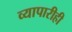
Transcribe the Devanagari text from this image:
व्यापारीही